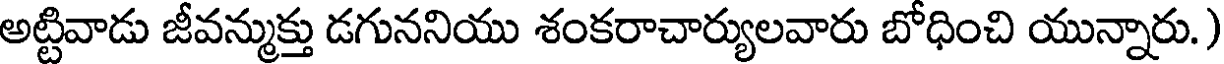
అట్టివాడు జీవన్ముక్తు డగుననియు శంకరాచార్యులవారు బోధించి యున్నారు.)